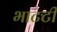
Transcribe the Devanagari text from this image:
भाटटी